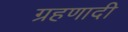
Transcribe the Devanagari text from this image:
ग्रहणादी